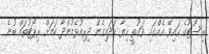
ރިސޯޓޫގެ ހައިވޭ އެއްގައި ވަގުތީ ހިޔާ ހަދައިގެން ދިރިއުޅެމުންދާ ކަމަށް ރިޕޯޓުތައް ބުނެ